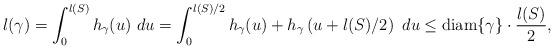
LaTeX: \begin{align*} l(\gamma) = \int_0^{l(S)}h_{\gamma}(u) \ du = \int_0^{l(S)/2}h_{\gamma}(u) + h_{\gamma}\left(u+l(S)/2\right) \ du \leq \mathrm{diam}\{\gamma\}\cdot\frac{l(S)}{2},\end{align*}